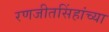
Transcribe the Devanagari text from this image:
रणजीतसिंहांच्या